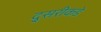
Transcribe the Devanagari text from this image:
दु्सरीकडे